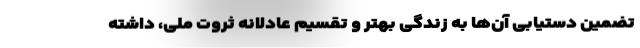
تضمین دستیابی آن‌ها به زندگی بهتر و تقسیم عادلانه ثروت ملی، داشته